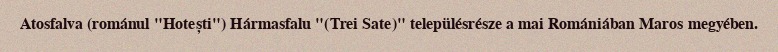
Atosfalva (románul "Hotești") Hármasfalu "(Trei Sate)" településrésze a mai Romániában Maros megyében.